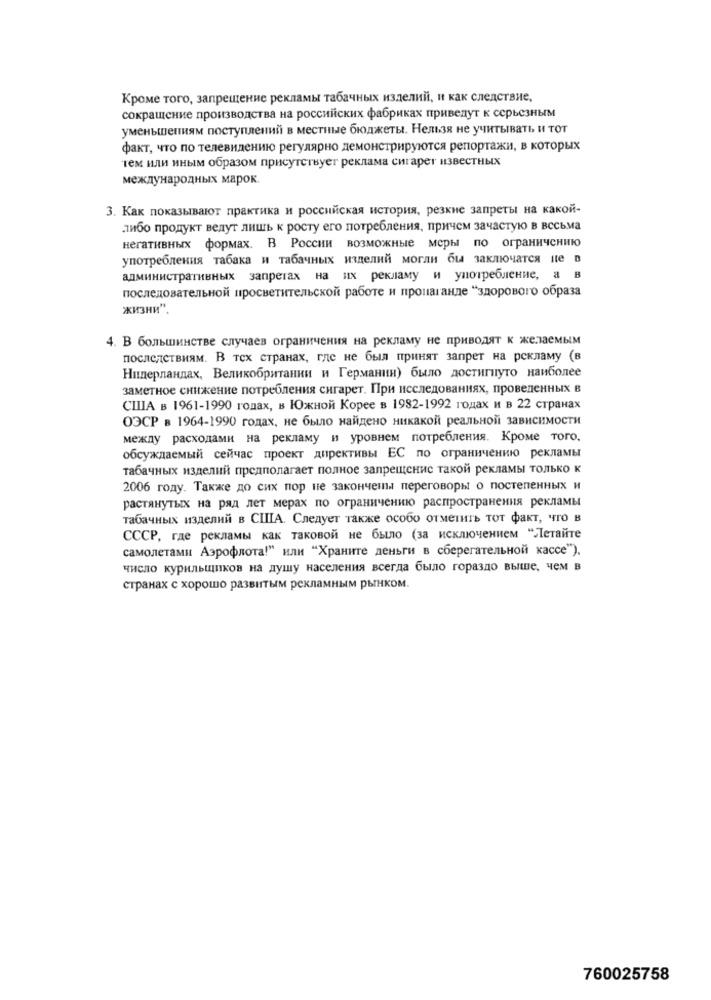
Кроме того, запрещение рекламы табачных изделий, и как следствие,
сокращение производства на российских фабриках приведут к серьезным
уменьшениям поступлений в местные бюджеты. Нельзя не учитывать и тот
факт, что по телевидению регулярно демонстрируются репортажи, в которых
тем или иным образом присутствует реклама сигарет известных
международных марок
3. Как показывают практика и российская история, резкие запреты на какой-
либо продукт ведут лишь к росту его потребления, причем зачастую в весьма
негативных формах. В России возможные меры по ограничению
употребления табака и табачных изделий могли бы заключатся не
административных запретах на их рекламу и употребление, а в
последовательной просветительской работе и пропаганде "здорового образа
жизни".
4. В большинстве случаев ограничения на рекламу не приводят к желаемым
последствиям. В тех странах, где не был принят запрет на рекламу (в
Нидерландах, Великобритании и Германии) было достигнуто наиболее
заметное снижение потребления сигарет. При исследованиях, проведенных в
США в 1961-1990 годах, в Южной Корее в 1982-1992 годах и в 22 странах
ОЭСР в 1964-1990 годах, не было найдено никакой реальной зависимости
между расходами на рекламу и уровнем потребления. Кроме того,
обсуждаемый сейчас проект директивы ЕС по ограничению рекламы
табачных изделий предполагает полное запрещение такой рекламы только к
2006 году. Также до сих пор не закончены переговоры о постепенных и
растянутых на ряд лет мерах по ограничению распространения рекламы
табачных изделий в США. Следует также особо отметить тот факт, что в
СССР, где рекламы как таковой не было (за исключением "Летайте
самолетами Аэрофлота!” или “Храните деньги в сберегательной кассе"),
число курильщиков на душу населения всегда было гораздо выше, чем в
странах с хорошо развитым рекламным рынком.
760025758